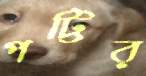
পট্টির